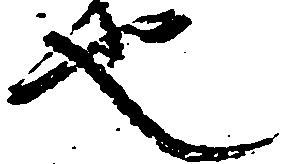
也